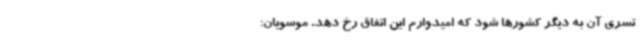
تسری آن به دیگر کشورها شود که امیدوارم این اتفاق رخ دهد. موسویان: